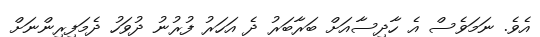
އެވެ. ނަމަވެސް އެ ހާދިސާއަށް ބަރާބަރު ދެ އަހަރު ފުރުނު ދުވަހު ދެމަފިރިންނަށް